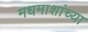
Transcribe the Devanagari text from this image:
मधमाशांच्या